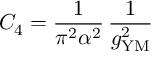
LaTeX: C _ { 4 } = \frac { 1 } { \pi ^ { 2 } \alpha ^ { 2 } } \, \frac { 1 } { g _ { \mathrm { Y M } } ^ { 2 } }